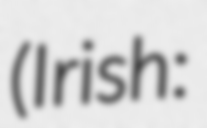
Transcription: (Irish: